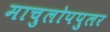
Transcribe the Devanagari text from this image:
माचुलोपपुलर